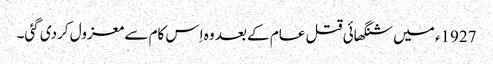
1927ء میں شنگھائی قتل عام کے بعد وہ اِس کام سے معزول کردی گئی۔